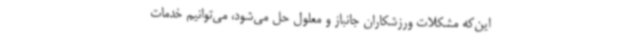
این‌که مشکلات ورزشکاران جانباز و معلول حل می‌شود، می‌توانیم خدمات